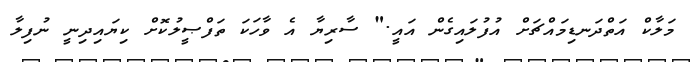
މަލާކް އަތްދަނޑިމައްޗަށް އުފުލައިގެން އައީ." ސާރިޔާ އެ ވާހަކަ ތަފްޞީލުކޮށް ކިޔައިދިނީ ނުފިލާ